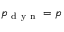
p _ { \mathrm { ~ d ~ y ~ n ~ } } = p